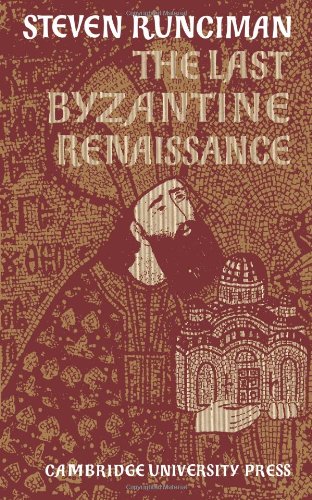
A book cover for The Last Byzantine Renaissance; Steven Runciman; Travel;